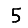
Digit: 5